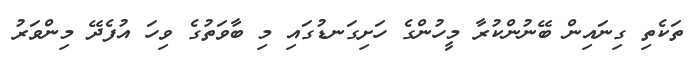
ތަކެތި ގިނައިން ބޭނުންކުރާ މީހުންގެ ހަށިގަނޑުގައި މި ބާވަތުގެ ވިހަ އުފެދޭ މިންވަރު